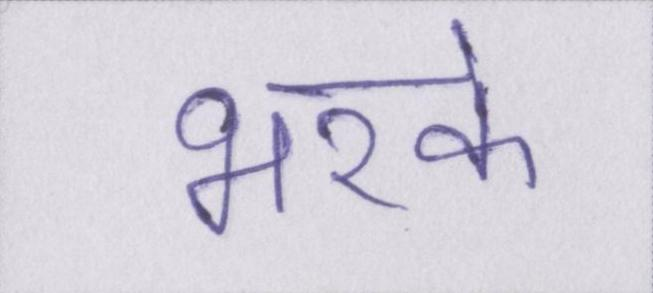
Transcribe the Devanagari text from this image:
भरके